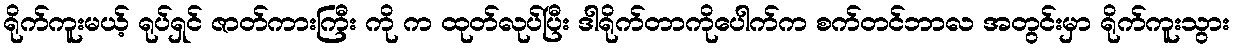
ရိုက်ကူးမယ့် ရုပ်ရှင် ဇာတ်ကားကြီး ကို က ထုတ်လုပ်ပြီး ဒါရိုက်တာကိုပေါက်က စက်တင်ဘာလ အတွင်းမှာ ရိုက်ကူးသွား